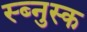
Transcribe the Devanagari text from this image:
स्ब्नुस्क